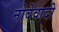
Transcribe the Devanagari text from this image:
नोर्वेवादी